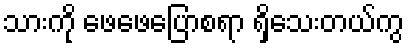
သားကို ဖေဖေပြောစရာ ရှိသေးတယ်ကွ